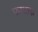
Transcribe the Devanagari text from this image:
फाटाक